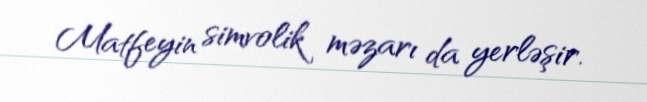
Matfeyin simvolik məzarı da yerləşir.